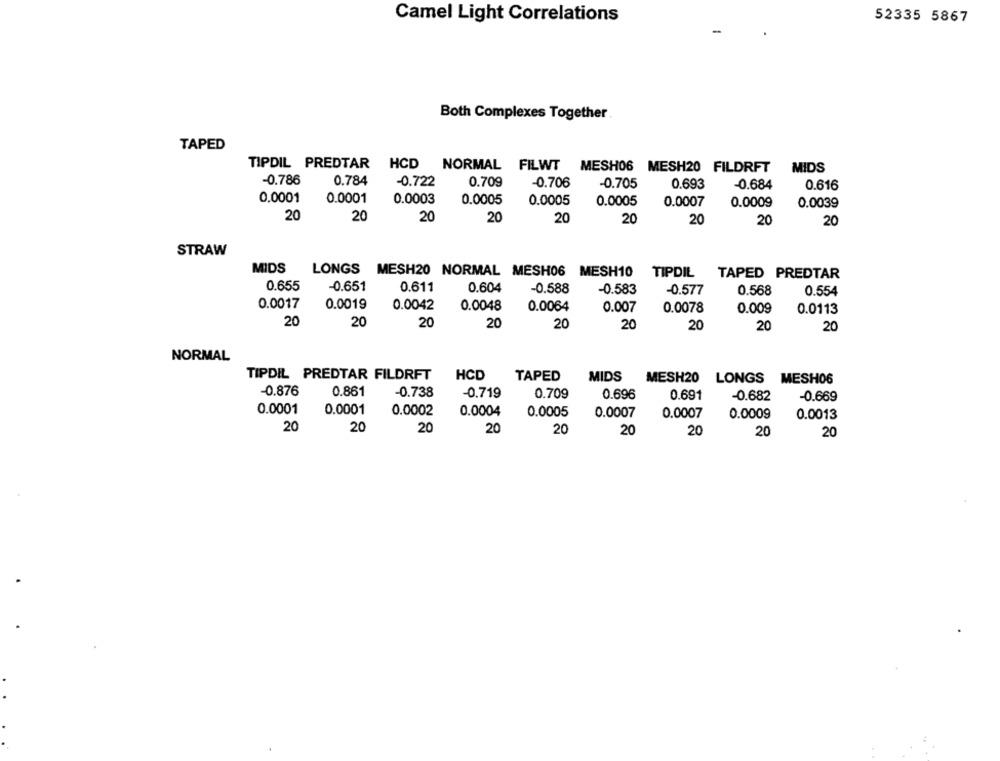
Camel Light Correlations
52335 5867
Both Complexes Together
TAPED
TIPDIL PREDTAR HCD NORMAL FILWT MESH06 MESH20 FILDRFT
MIDS
-0.786
0.784
-0.722
0.709
-0.706
-0.705
0.693
-0.684
0.616
0.0001
0.0001
0.0003
0.0005
0.0005
0.0005
0.0007
0.0009
0.0039
20
20
20
20
20
20
20
20
20
STRAW
MIDS
LONGS MESH20 NORMAL MESH06
MESH10
TIPDIL TAPED PREDTAR
0.655
-0.651
0.611
0.604
-0.588
-0.583
-0.577
0.568
0.554
0.0017
0.0019
0.0042
0.0048
0.0064
0.007
0.0078
0.009
0.0113
20
20
20
20
20
20
20
20
20
NORMAL
TIPDIL PREDTAR FILDRFT
HCD
TAPED
MIDS
MESH20 LONGS MESH06
-0.876
0.861
-0.738
-0.719
0.709
0.696
0.691
-0.682
-0.669
0.0001
0.0001
0.0002
0.0004
0.0005
0.0007
0.0007
0.0009
0.0013
20
20
20
20
20
20
20
20
20